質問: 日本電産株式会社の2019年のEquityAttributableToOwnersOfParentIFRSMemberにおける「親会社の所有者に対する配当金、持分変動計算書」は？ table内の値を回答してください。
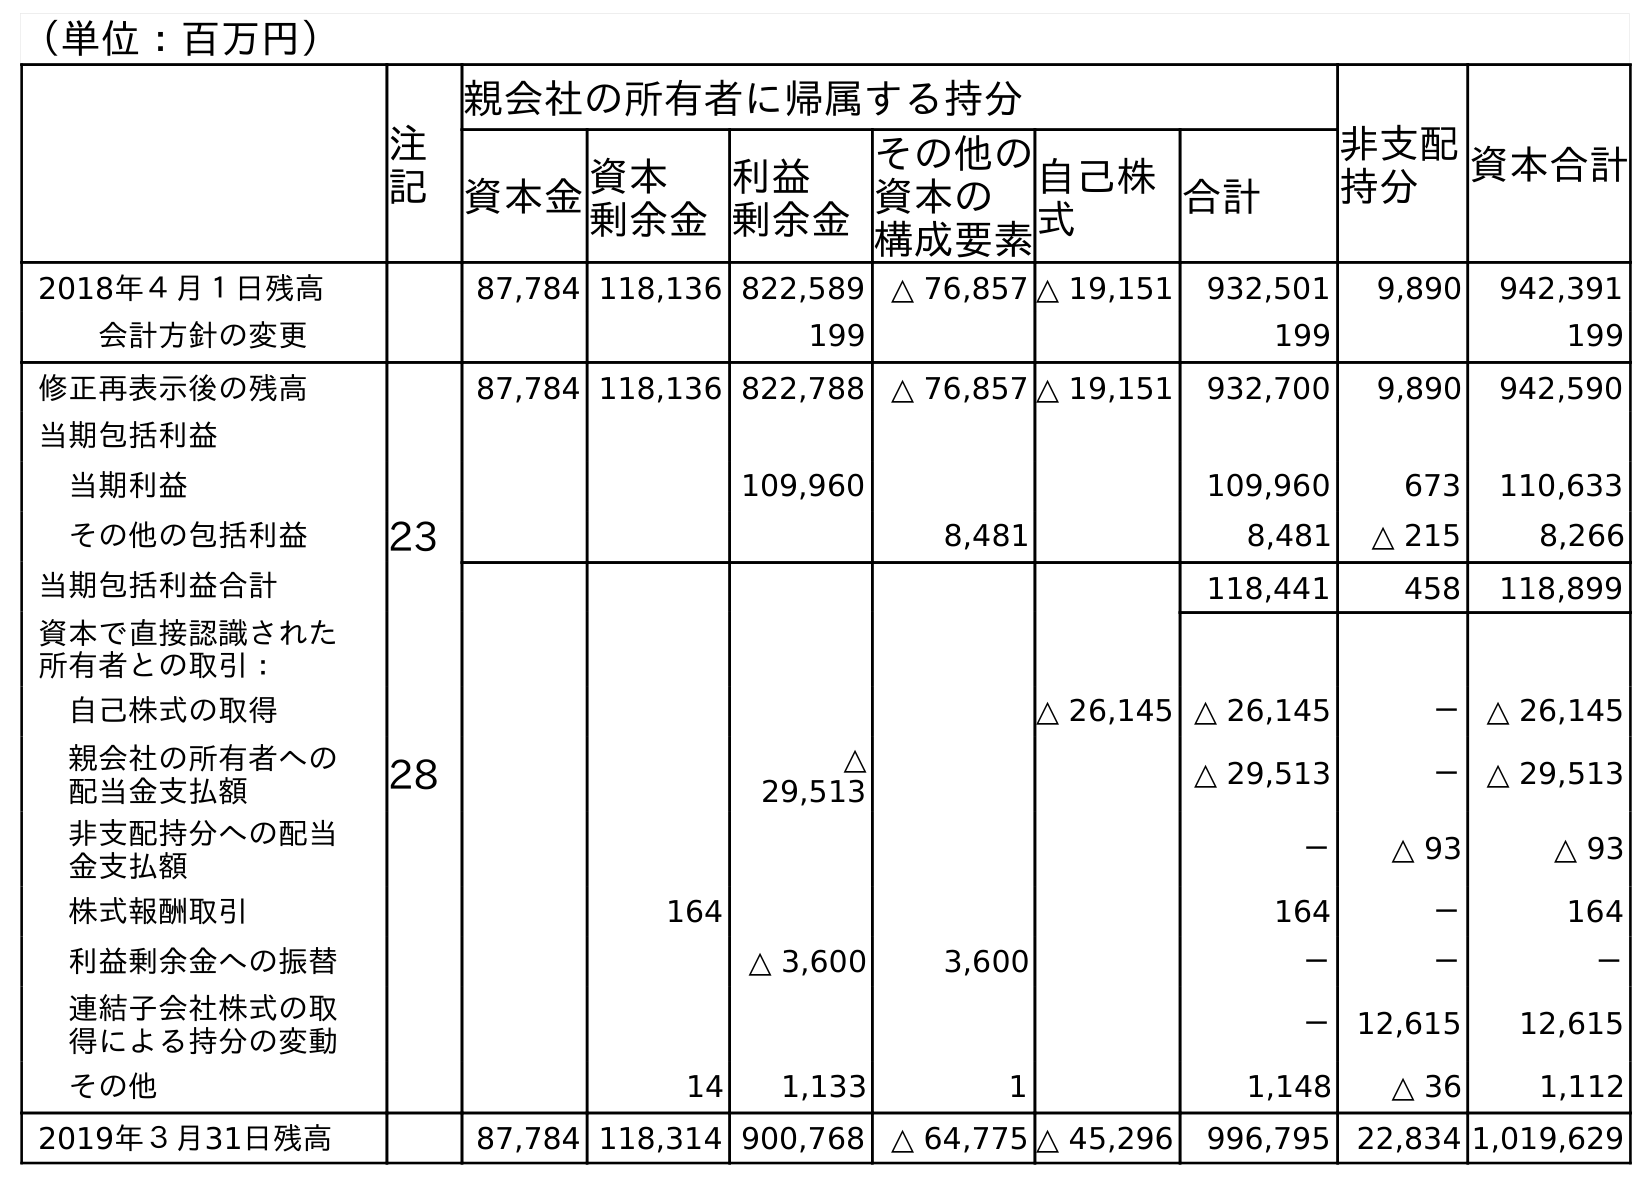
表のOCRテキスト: （単位：百万円） 注 記 親会社の所有者に帰属する持分 非支配 持分 資本合計 資本金資本 剰余金 利益 剰余金 その他の 資本の 構成要素 自己株 式 合計 2018年４月１日残高 87,784 118,136 822,589 △ 76,857 △ 19,151 932,501 9,890 942,391 会計方針の変更 199 199 199 修正再表示後の残高 87,784 118,136 822,788 △ 76,857 △ 19,151 932,700 9,890 942,590 当期包括利益 当期利益 109,960 109,960 673 110,633 その他の包括利益 23 8,481 8,481 △ 215 8,266 当期包括利益合計 118,441 458 118,899 資本で直接認識された 所有者との取引： 自己株式の取得 △ 26,145 △ 26,145 － △ 26,145 親会社の所有者への 配当金支払額 28 △ 29,513 △ 29,513 － △ 29,513 非支配持分への配当 金支払額 － △ 93 △ 93 株式報酬取引 164 164 － 164 利益剰余金への振替 △ 3,600 3,600 － － － 連結子会社株式の取 得による持分の変動 － 12,615 12,615 その他 14 1,133 1 1,148 △ 36 1,112 2019年３月31日残高 87,784 118,314 900,768 △ 64,775 △ 45,296 996,795 22,834 1,019,629
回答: △29,513